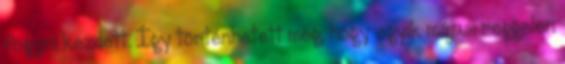
fogyni kezdett. Így történhetett meg, hogy egyik májusi reggelen